Report on the cholera epidemic of
Year: 1868
Disease focus: Cholera
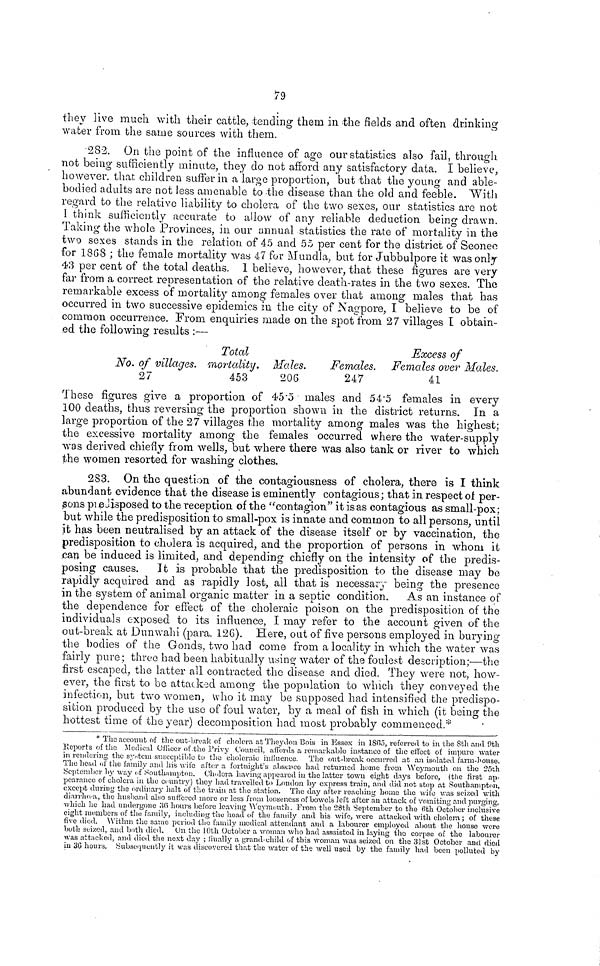
79
they live much with their cattle, tending them in the fields and often drinking
water from the same sources with them.
282. On the point of the influence of age our statistics also fail, through
not being sufficiently miaute, they do not afford any satisfactory data. I believe,
however, that children suffer in a large proportion, but that the young and able-
bodied adults are not less amenable to -the disease than the old and feeble. With
regard to the relative liability to cholera of the two sexes, our statistics are not
I think sufficiently accurate to allow of any reliable deduction being drawn.
Taking the whole Provinces, in our annual statistics the rate of mortality in the
two sexes stands in the relation of 45 and 55 per cent for the district of Seonee
for 1868 ; the female mortality was 47 for Muudla, but for Jubbulpore it was only
43 per cent of the total deaths. 1 believe, however, that these figures are very
far from a correct representation of the relative death-rates in the two sexes. The
remarkable excess of mortality among females over that among males that has
occurred in two successive epidemics in the city of Nagpore, I believe to be of
common occurrence. From enquiries made on the spot from 27 villages I obtain-
ed the following results :—
Total
Excess of
No. of villages, mortality. Males.
Females. Females over Males.
27
453
206
247
41
These figures give a proportion of 45 . 5 males and 54 . 5 females in every
100 deaths, thus reversing the proportion shown in the district returns. In a
large proportion of the 27 villages the mortality among males was the highest;
the excessive mortality among the females occurred where the water-supply
was derived chiefly from wells, but where there was also tank or river to which
the women resorted for washing clothes.
283. On the question of the contagiousness of cholera, there is I think
abundant evidence that the disease is eminently contagious; that in respect oí per-
.sons predisposed to the reception of the "contagion" it isas contagious as small-pox:
but while the predisposition to small-pox is innate and common to all persons, until
it has been neutralised by an attack of the disease itself or by vaccination, the
predisposition to cholera is acquired, and the proportion of persons in whom it
can be induced is limited, and depending chiefly on the intensity of the predis-
posing causes. It is probable that the predisposition to the disease may be
rapidly acquired and as rapidly lost, all that is necessary being the presence
in the system of animal organic matter in a septic condition. As an instance of
the dependence for effect of the choleraic poison on the predisposition of the
individuals exposed to its influence, I may refer to the account given of the
out-break at Dunwahi (para. 126). Here, out of five persons employed in burying
the bodies of the Gonds, two had come from a locality in which the water was
fairly pure; three had been habitually using water of the foulest description;—the
first escaped, the latter all contracted the disease and died. They were not, how-
ever, the first to be attacked among the population to winch they conveyed the
infection, but two women, who it may be supposed had intensified the predispo-
sition produced by the use of foul water, by a meal of fish in which (it being the
hottest time of the year) decomposition had most probably commenced.*
* The account of the out-break of cholera at Theydon Bois in Essex in 1865, referred to in the 8th and 9th
Reports of the Medical Officer of the Privy Council, affords a remarkable instance of the effect of impure water
in rendering the system susceptible to the choleraic influence. The out-break occurred at an isolated farm-house.
The head oí the family and lus wife after a fortnight's absence had returned home from Weymouth on the 25th
September by way of Southampton. Cholera having appeared in the latter town, eight days before, (the first ap-
pearance of cholera in the country) they had travelled to London lay express train, and did not stop at Southampton,
except during the ordinary halt of the train at the station. The day after reaching home the wife was seized with
diarrhea, the husband also suffered more or less from looseness of bowels left after an attack of vomiting and purging,
which he had undergone 36 hours before leaving Weymouth. From the 28th September to the 6th October inclusive
eight members of the family, including the head of the family and his wife, were attacked with cholera ; of these
five died. Within the same period the family medical attendant and a labourer employed about the house were
both seized, and both died. On the 10th October a woman who had asssisted in laying the corpse of the labourer
was attacked, and died the next day ; finally a grand-child of this woman was seized on the 31st October and died
in 36 hours. Subsequently it was discovered that the water of the well used by the family had been polluted by